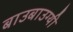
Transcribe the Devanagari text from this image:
बाउबाउग्यी